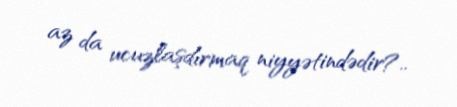
az da ucuzlaşdırmaq niyyətindədir?..